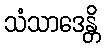
သံသာဒေန္တိ